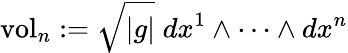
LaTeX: \operatorname{vol}_{n}:={\sqrt{|g|}}\; dx^{1}\wedge\cdots\wedge dx^{n}